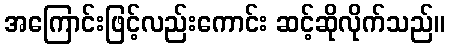
အကြောင်းဖြင့်လည်းကောင်း ဆင့်ဆိုလိုက်သည်။